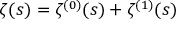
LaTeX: \zeta ( s ) = \zeta ^ { ( 0 ) } ( s ) + \zeta ^ { ( 1 ) } ( s )